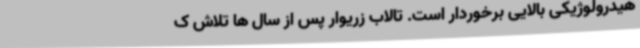
هیدرولوژیکی بالایی برخوردار است. تالاب زریوار پس از سال ها تلاش ک